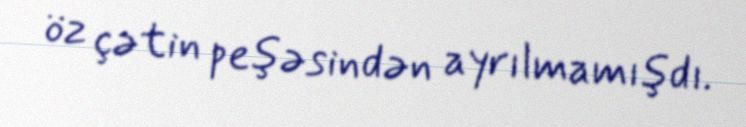
öz çətin peşəsindən ayrılmamışdı.